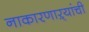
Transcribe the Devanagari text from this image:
नाकारणाऱ्यांची